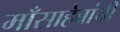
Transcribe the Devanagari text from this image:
माँसाहेबांची